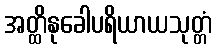
အတ္ထိနုခေါပရိယာယသုတ္တံ